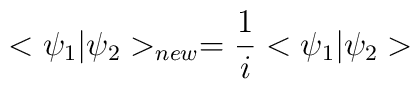
<\psi_1|\psi_2>_{new}=\frac{1}{i}<\psi_1|\psi_2>